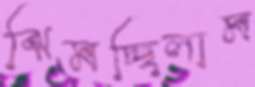
ঝিমচ্ছিলাম